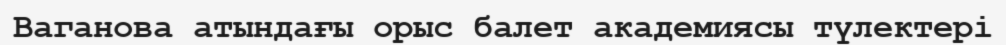
Ваганова атындағы орыс балет академиясы түлектері